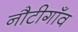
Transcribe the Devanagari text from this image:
नौटीगाँव